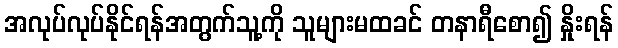
အလုပ်လုပ်နိုင်ရန်အတွက်သူ့ကို သူများမထခင် တနာရီစော၍ နှိုးရန်